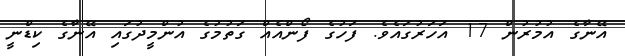
އޭނާގެ އުމުރުން 17 އަހަރުގައެވެ. ފަހުގެ ފޯންއެއް ގަތުމުގެ އުންމީދުގައި އޭނާގެ ކިޑްނީ